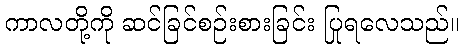
ကာလတို့ကို ဆင်ခြင်စဉ်းစားခြင်း ပြုရလေသည်။